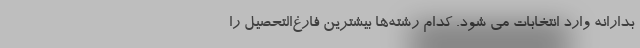
بدارانه وارد انتخابات می شود. کدام رشته‌ها بیشترین فارغ‌التحصیل را